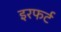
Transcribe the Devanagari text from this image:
इरफर्ट